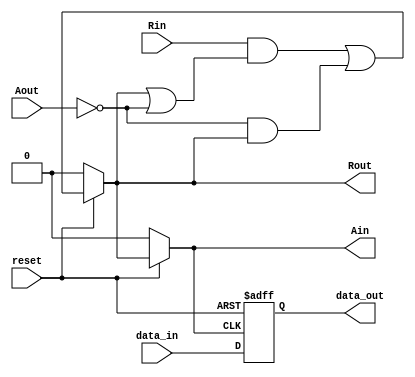
module STG3(reset,Rin,Aout,Rout,Ain,data_in,data_out);

input reset,Rin,Aout;
input [127:0]data_in;
output Rout,Ain;
output [127:0]data_out;

reg Rout,Ain,Lt;
reg [127:0]data_out;

always@(*)
begin
  if(reset==0)
    begin
      Rout <= 0;
      Ain <= 0;
      Lt <= 0;
    end
  else
    begin
      Rout <= (Rin && (Rout || ~Aout)) || (~Aout && Rout);
      Ain <= Rout;
      Lt <= Rout;
    end    
end

always@(negedge reset or posedge Lt)
begin
  if(reset==0)
    data_out <= 0;
  else
    data_out <= data_in;
end
endmodule